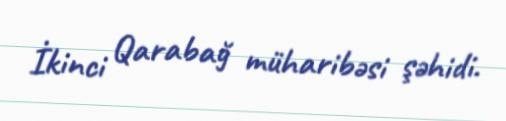
İkinci Qarabağ müharibəsi şəhidi.